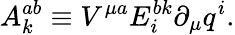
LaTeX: A_{k}^{ab}\equiv V^{\mu a}E_{i}^{bk}\partial_{\mu}q^{i}.